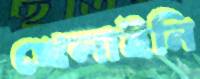
খেলাইনি